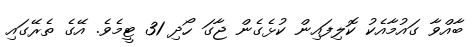
ބާއްވާ ގައުމާއެކު ކޮލިފައިން ކުޅެގެން ޖާގަ ހޯދި 31 ޓީމެވެ. އޭގެ ތެރޭގައި